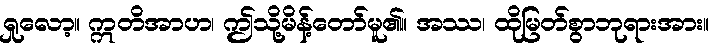
ရှုလော့။ ဣတိအာဟ၊ ဤသို့မိန့်တော်မူ၏။ အဿ၊ ထိုမြတ်စွာဘုရားအား။